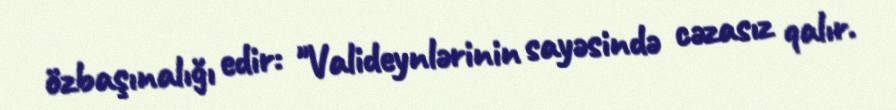
özbaşınalığı edir: "Valideynlərinin sayəsində cəzasız qalır.